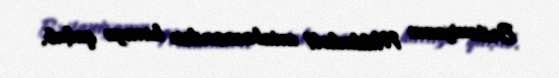
Britaniyanın Mildenholl aviabazasından havaya qalxıb.